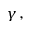
\gamma \, ,